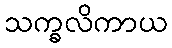
သက္ခလိကာယ